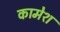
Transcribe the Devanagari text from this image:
कामेश